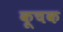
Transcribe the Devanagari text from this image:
कूचक